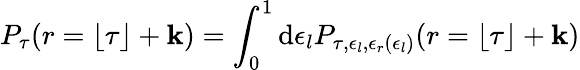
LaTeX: P_{\tau}(r=\lfloor\tau\rfloor+\mathbf{k})=\int_{0}^{1}\mathrm{{d}}\epsilon_{l}P_{\tau,\epsilon_{l},\epsilon_{r}(\epsilon_{l})}(r=\lfloor\tau\rfloor+\mathbf{k})